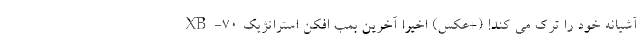
آشیانه خود را ترک می کند! (+عکس) اخیرا آخرین بمب افکن استراتژیک XB-70